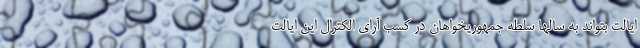
ایالت بتواند به سالها سلطه جمهوریخواهان در کسب آرای الکترال این ایالت